Observations on rabies - Number 36
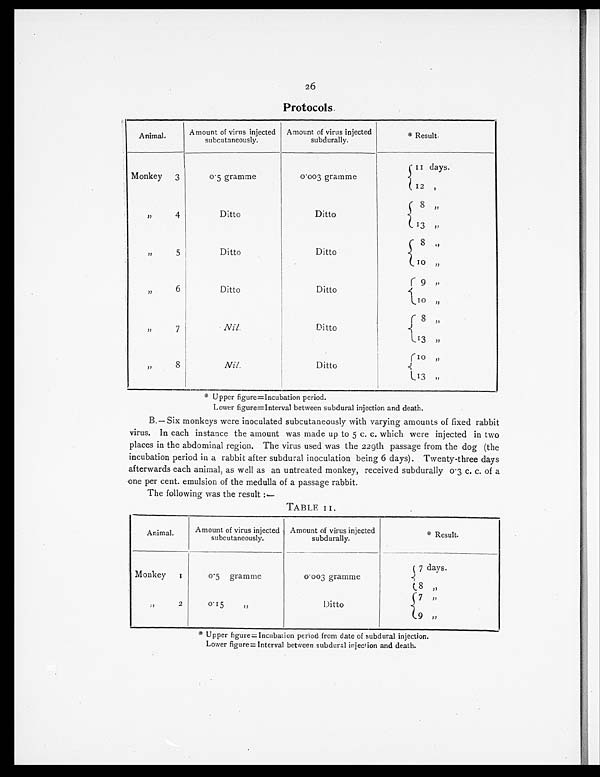
26
Protocols.
Animal.
Amount of virus injected
subcutaneously.
Amount of virus injected
subdurally.
* Result.
Monkey 3
0.5 gramme
0.003 gramme
1 1
d a y s .
1 2
,
,,
4
Ditto
Ditto
8 „
13 „
, , 5
Ditto
Ditto
8 „
10 „
,,
6
Ditto
Ditto
9 ,,
10 „
,,
7
Nil.
D i t t o
8 ,,
13 ,,
,,
8
Nil.
Ditto
10 ,,
13 ,,
* Upper figure=Incubation period.
Lower figure=Interval between subdural injection and death.
B.—Six monkeys were inoculated subcutaneously with varying amounts of fixed rabbit
virus. In each instance the amount was made up to 5 c. c. which were injected in two
places in the abdominal region. The virus used was the 229th passage from the dog (the
incubation period in a rabbit after subdural inoculation being 6 days). Twenty-three days
afterwards each animal, as well as an untreated monkey, received subdurally 0.3 c. c. of a
one per cent. emulsion of the medulla of a passage rabbit.
The following was the result :—
TABLE 11.
Animal.
Amount of virus injected
subcutaneously.
Amount of virus injected
subdurally.
* Result.
Monkey 1
0.5 gramme
0.003gramme
7 days.
8 ,,
,, 2
0.15 ,,
Ditto
7 , ,
9 ,,
* Upper figure=Incubation period from date of subdural injection.
Lower figure= Interval between subdural injection and death.